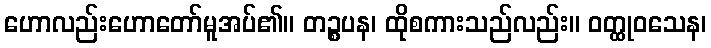
ဟောလည်းဟောတော်မူအပ်၏။ တဉ္စပန၊ ထိုစကားသည်လည်း။ ဝတ္ထုဝသေန၊